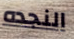
النجده